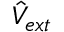
\hat { V } _ { e x t }